Note on the mental hospitals in Burma - 1925-1940
Year: 1925
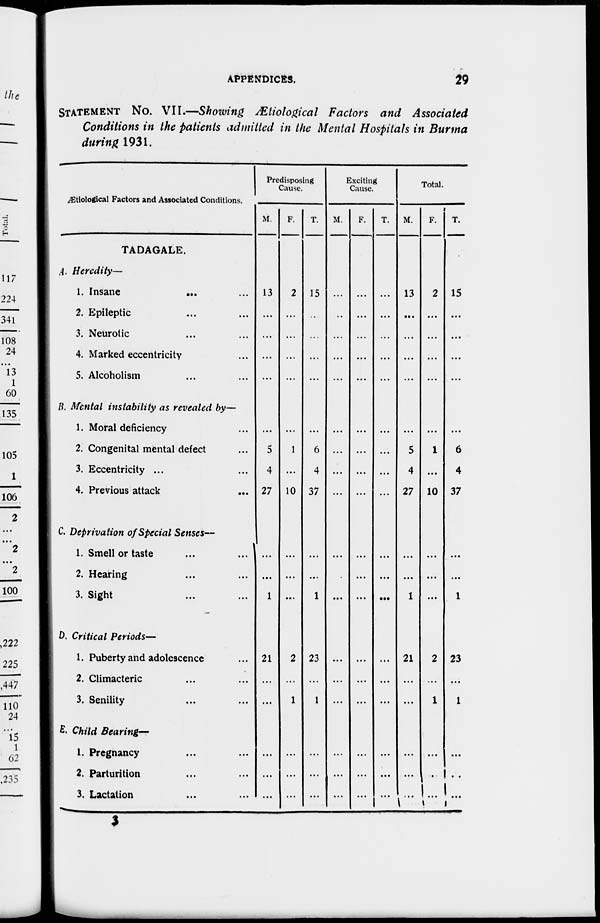
APPENDICES.
29
STATEMENT NO. VII.—Showing Ætiological Factors and Associated
Conditions in the patients admitted in the Mental Hospitals in Burma
during 1931.
Ætiological Factors and Associated Conditions.
TADAGALE.
A. Heredity—
1. Insane
... ...
2. Epileptic ... ...
3. Neurotic ... ...
4. Marked eccentricity ...
5. Alcoholism ... ...
B. Mental instability as revealed by—
1. Moral deficiency ...
2. Congenital mental defect ...
3. Eccentricity ... ...
4. Previous attack ...
C. Deprivation of Special Senses—
1. Smell or taste ... ...
2. Hearing ... ...
3. Sight ... ...
D. Critical Periods—
1. Puberty and adolescence ...
2. Climacteric ... ...
3. Senility ... ...
E. Child Bearing—
1. Pregnancy ... ...
2. Parturition ... ...
3. Lactation ... ...
Predisposing
Cause.
M.
13
...
...
...
...
...
5
4
27
...
...
1
21
...
...
...
...
...
F.
2
...
...
...
...
...
1
...
10
...
...
...
2
...
1
...
...
...
T.
15
...
...
...
...
...
6
4
37
...
...
1
23
...
1
...
...
...
Exciting
Cause.
M.
...
...
...
...
...
...
...
...
...
...
...
...
...
...
...
...
...
...
F.
...
...
...
...
...
...
...
...
...
...
...
...
...
...
...
...
...
...
T.
...
...
...
...
...
...
...
...
...
...
...
...
...
...
...
...
...
...
Total.
M.
13
...
...
...
...
...
5
4
27
...
...
1
21
...
...
...
...
...
F.
2
...
...
...
...
...
1
...
10
...
...
...
2
...
1
...
...
...
T.
15
...
...
...
...
...
6
4
37
...
...
1
23
...
1
...
...
...
3